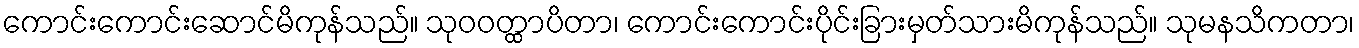
ကောင်းကောင်းဆောင်မိကုန်သည်။ သုဝဝတ္ထာပိတာ၊ ကောင်းကောင်းပိုင်းခြားမှတ်သားမိကုန်သည်။ သုမနသိကတာ၊